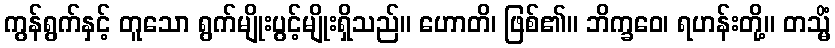
ကွန်ရွက်နှင့် တူသော ရွက်မျိုးပွင့်မျိုးရှိသည်။ ဟောတိ၊ ဖြစ်၏။ ဘိက္ခဝေ၊ ရဟန်းတို့။ တသ္မိံ